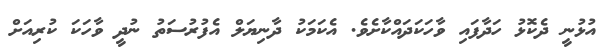
އުޅުނީ ދެކޮޅު ހަދާފައި ވާހަކަދައްކާށެވެ. އެކަމަކު ދާނިޔަލް އެފުރުސަތު ނުދީ ވާހަކަ ކުރިއަށް